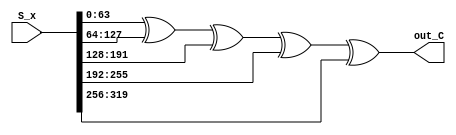
module calculate_C(out_C, S_x);
output [63:0] out_C;
input [319:0] S_x;

assign out_C = S_x[63:0] ^ S_x[127:64] ^ S_x[191:128] ^ S_x[255:192] ^ S_x[319:256];

endmodule